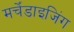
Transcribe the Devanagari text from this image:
मर्चेंडाइजिंग